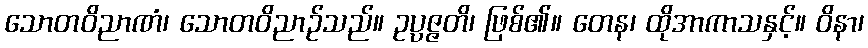
သောတဝိညာဏံ၊ သောတဝိညာဉ်သည်။ ဥပ္ပဇ္ဇတိ၊ ဖြစ်၏။ တေန၊ ထိုအာကာသနှင့်။ ဝိနာ၊